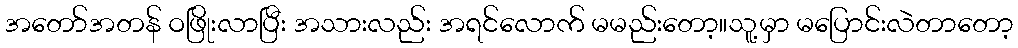
အတော်အတန် ဝဖြိုးလာပြီး အသားလည်း အရင်လောက် မမည်းတော့။သူ့မှာ မပြောင်းလဲတာတော့